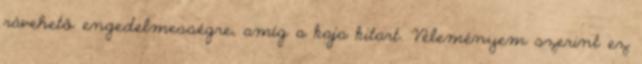
rávehető engedelmességre, amíg a kaja kitart. Véleményem szerint ez